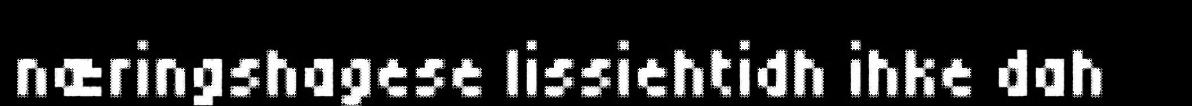
næringshagese lissiehtidh ihke dah